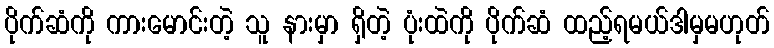
ပိုက်ဆံကို ကားမောင်းတဲ့ သူ နားမှာ ရှိတဲ့ ပုံးထဲကို ပိုက်ဆံ ထည့်ရမယ်ဒါမှမဟုတ်